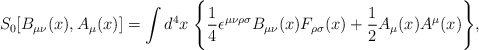
\begin{align*}S_{0}[B_{\mu\nu}(x),A_{\mu}(x)]=\int d^{4}x\; \Bigg\{ \frac{1}{4} \epsilon^{\mu\nu\rho\sigma}B_{\mu\nu}(x)F_{\rho\sigma}(x) + \frac{1}{2}A_{\mu}(x)A^{\mu}(x) \Bigg\},\end{align*}